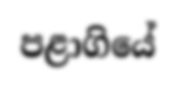
පළාගියේ